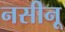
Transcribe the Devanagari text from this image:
नसीनू